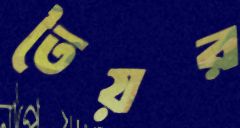
তৈয়র